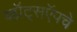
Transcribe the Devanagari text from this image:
व्हॉट्सऍपचे